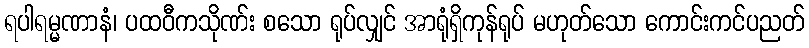
ရပါရမ္မဏာနံ၊ ပထဝီကသိုဏ်း စသော ရုပ်လျှင် အာရုံရှိကုန်ရုပ် မဟုတ်သော ကောင်းကင်ပညတ်